Indian Medical Review
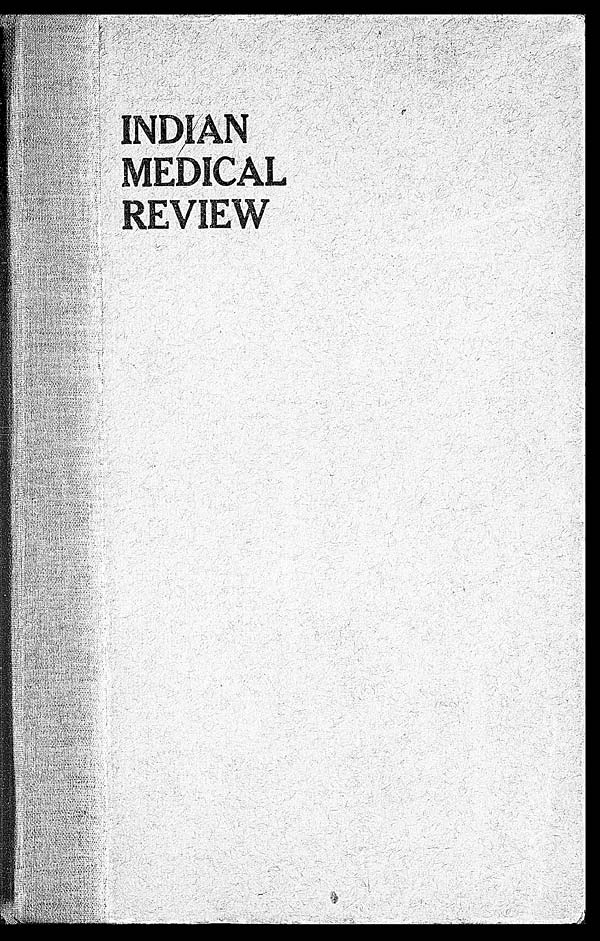
0 0
I N D I A N M E D I C A L R E V I E W